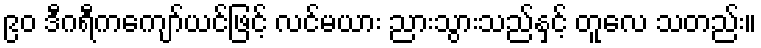
၉၀ ဒီဂရီကကျော်ယင်ဖြင့် လင်မယား ညားသွားသည်နှင့် တူလေ သတည်း။